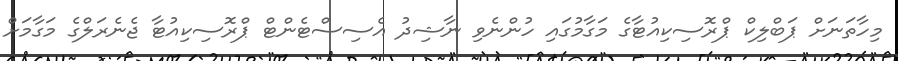
މިހާތަނަށް ޕަބްލިކް ޕްރޮސިކިއުޓާގެ މަގާމުގައި ހުންނެވި ނާޝިދު އެސިސްޓެންޓް ޕްރޮސިކިއުޓާ ޖެނެރަލްގެ މަގާމަށް